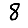
Digit: 8